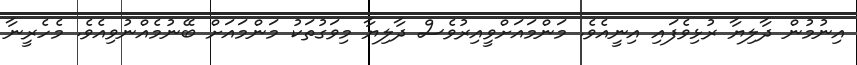
އިނުމުން ދާލިޔާ ރުޅިވެފައި އިނީއެވެ. މަންމައަށްވީއިރުވެސް ދާލިޔާ މިވަގުތަކު މަންމައަށް ބޭނުމެއްނުވިއެވެ. މެހެރީނާ